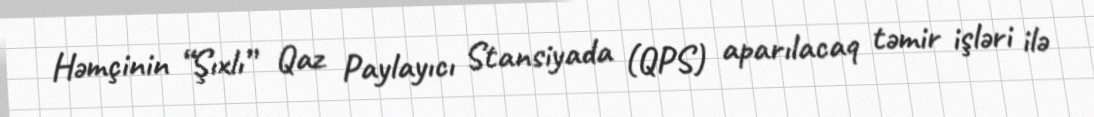
Həmçinin “Şıxlı” Qaz Paylayıcı Stansiyada (QPS) aparılacaq təmir işləri ilə